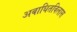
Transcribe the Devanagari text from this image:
अबाधितविलास